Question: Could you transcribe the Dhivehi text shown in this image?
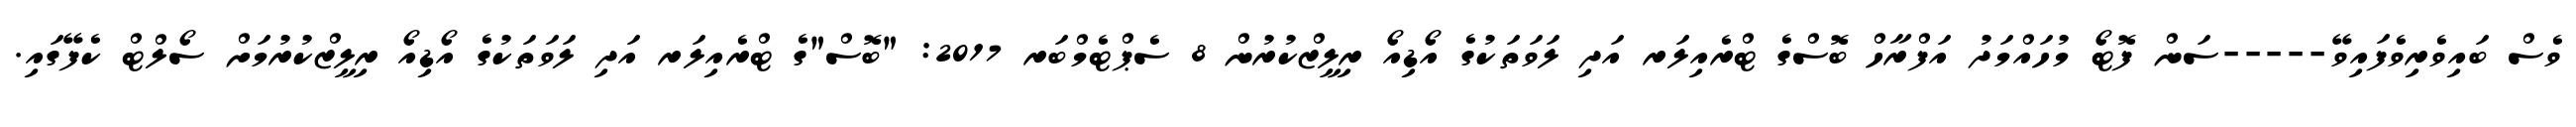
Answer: ވެސް ބައިވެރިވެފައިވޭ-----ސަން ފޮޓޯ މުހައްމަދު އަފްރާހް ބޮސްގެ ޓްރެއިލަރ އަދި ލަވަތަކުގެ އޯޑިއޯ ރިލީޒްކުރުން 8 ސެޕްޓެމްބަރ 2017: "ބޮސް"ގެ ޓްރެއިލަރ އަދި ލަވަތަކުގެ އޯޑިއޯ ރިލީޒްކުރުމަށް ސޯލްޓް ކެފޭގައި.